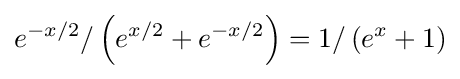
e^{-x/2}/\left(e^{x/2}+e^{-x/2}\right)=1/\left(e^{x}+1\right)